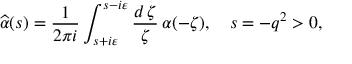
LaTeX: \widehat { \alpha } ( s ) = \frac { 1 } { 2 \pi i } \int _ { s + i \varepsilon } ^ { s - i \varepsilon } \frac { d \, \zeta } { \zeta } \, \alpha ( - \zeta ) , \quad s = - q ^ { 2 } > 0 ,